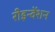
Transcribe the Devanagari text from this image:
रीइन्वेंशन